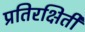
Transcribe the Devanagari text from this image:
प्रतिरक्षिती